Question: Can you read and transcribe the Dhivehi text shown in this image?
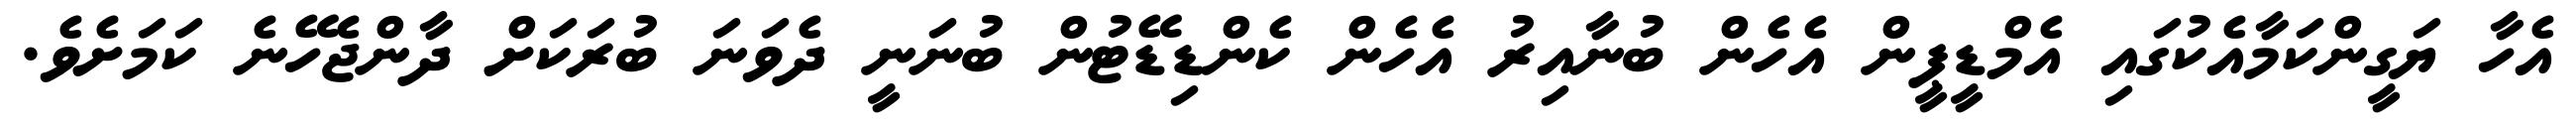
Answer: އެހާ ޔަގީންކަމާއެކުގައި އެމްޑީޕީން އެހެން ބުނާއިރު އެހެން ކެންޑިޑޭޓުން ބުނަނީ ދެވަނަ ބުރަކަށް ދާންޖެހޭނެ ކަމަށެވެ.